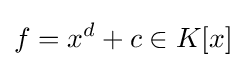
f=x^{d}+c\in K[x]